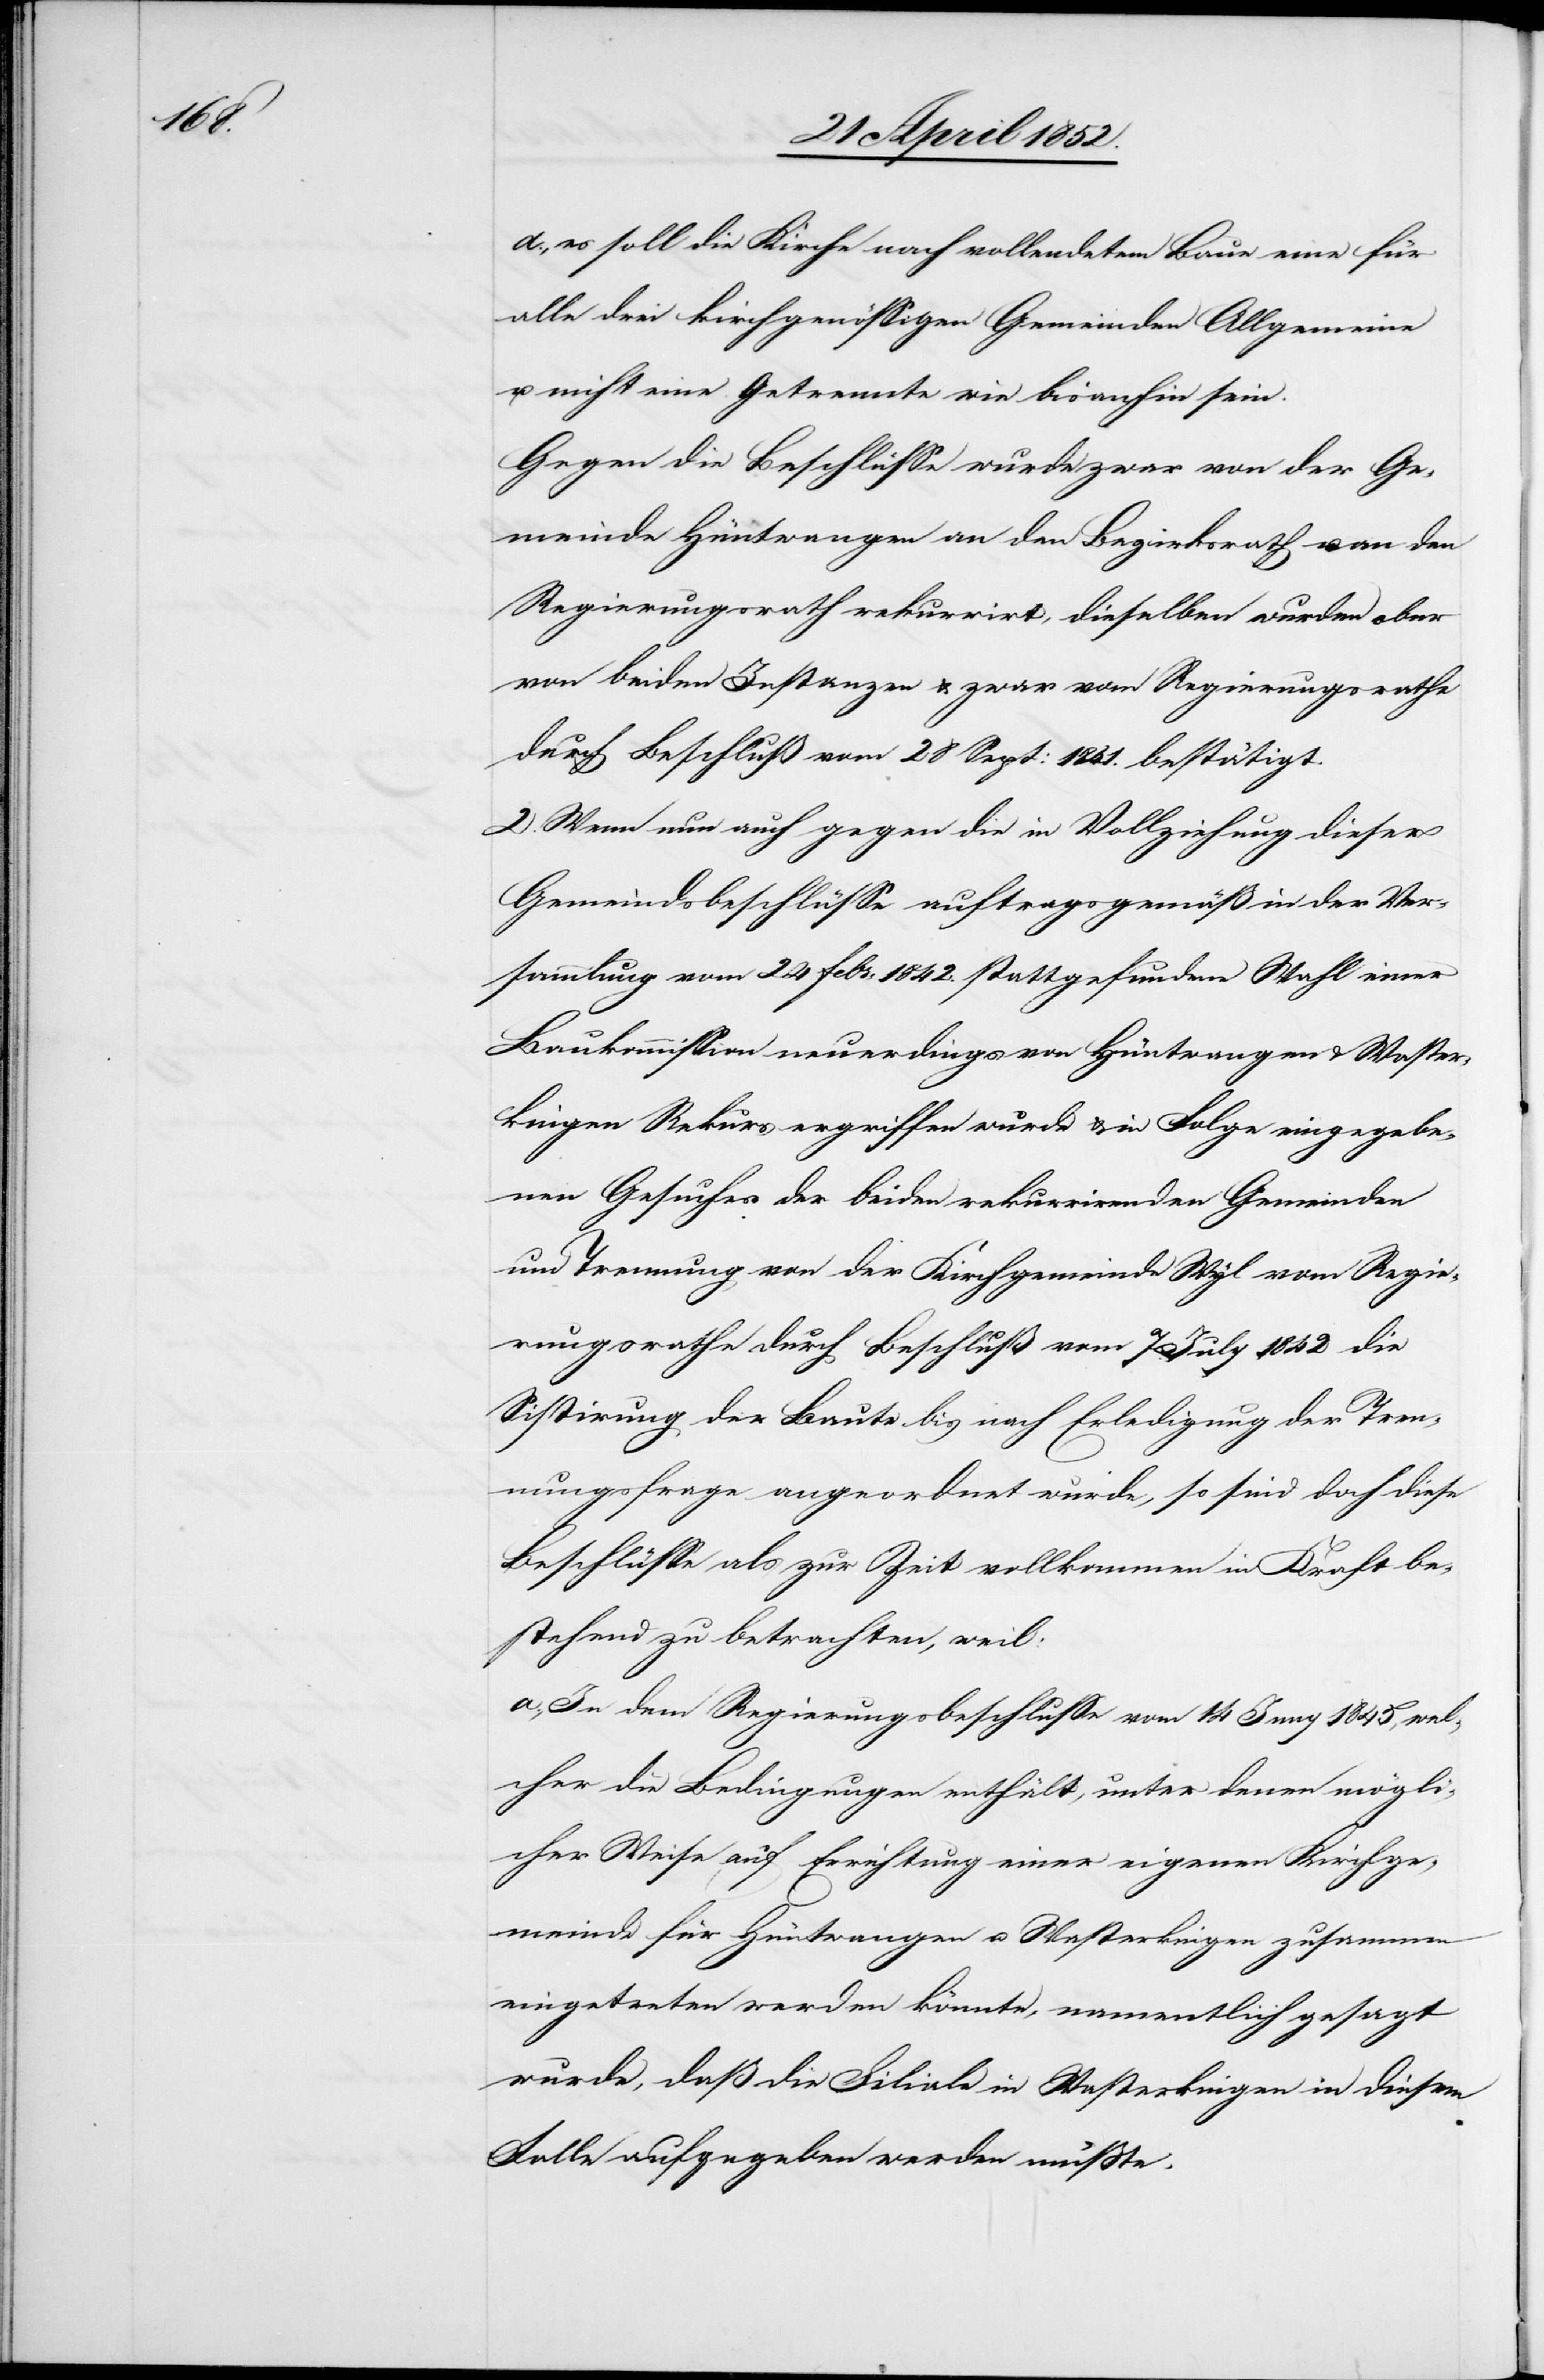
d., es soll die Kirche nach vollendetem Baue eine für
alle drei kirchgenössigen Gemeinden Allgemeine
u. nicht eine Getrennte wie bisanhin sein.
Gegen die Beschlüsse wurde zwar von der Ge¬
meinde Hüntwangen an den Bezirksrath u. an den
Regierungsrath rekurrirt, dieselben wurden aber
von beiden Instanzen & zwar vom Regierungsrathe
durch Beschluß vom 28 Sept: 1841. bestätigt.
2. Wenn nun auch gegen die in Vollziehung dieser
Gemeindsbeschlüsse auftragsgemäß in der Ver¬
sammlung vom 24 Febr: 1842. stattgefundene Wahl einer
Baukommission neuerdings von Hüntwangen & Waster¬
kingen Rekurs ergriffen wurde & in Folge eingegebe¬
nen Gesuches der beiden rekurrirenden Gemeinden
und Trennung von der Kirchgemeinde Wyl vom Regie¬
rungsrathe durch Beschluß vom 7 July 1842 die
Sistirung der Baute bis nach Erledigung der Tren¬
nungsfrage angeordnet wurde, so sind doch diese
Beschlüsse als zur Zeit vollkommen in Kraft be¬
stehend zu betrachten, weil:
a., In dem Regierungsbeschlusse vom 14 Juny 1845, wel¬
cher die Bedingungen enthält, unter denen mögli¬
cher Weise auf Errichtung einer eigenen Kirchge¬
meinde für Hüntwangen u. Wasterkingen zusammen
eingetreten werden könnte, namentlich gesagt
wurde, daß die Filiale in Wasterkingen in diesem
Falle aufgegeben werden müsste.